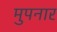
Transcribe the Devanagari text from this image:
मुपनार